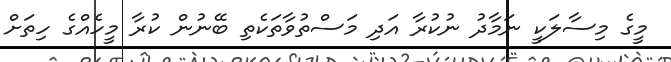
މީގެ މިސާލަކީ ނަމާދު ނުކުރާ އަދި މަސްތުވާތަކެތި ބޭނުން ކުރާ މީހެއްގެ ހިތަށް